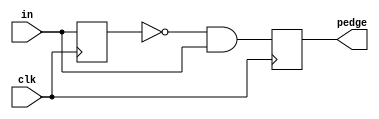
module top_module (
    input clk,
    input [7:0] in,
    output [7:0] pedge
);
    reg [7:0] old = 0;
    always @(posedge clk) begin
    	old <= in;
        pedge <= ~old & in;
    end

endmodule